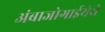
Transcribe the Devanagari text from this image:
अंबाजोगाईयेथे